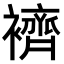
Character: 𧞓